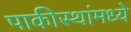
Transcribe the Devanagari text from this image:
पाकीस्थांमध्ये